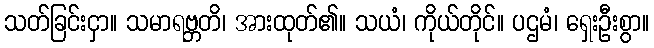
သတ်ခြင်းငှာ။ သမာရဗ္ဘတိ၊ အားထုတ်၏။ သယံ၊ ကိုယ်တိုင်။ ပဌမံ၊ ရှေးဦးစွာ။